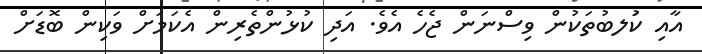
އާއި ކުަލބުތަކުން ވިސްނަން ޖެހެ އެވެ. އަދި ކުޅުންތެރިން އެކަމަށް ވަކިން ބޮޑަށް